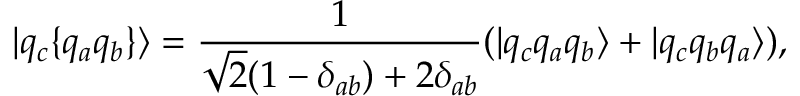
| q _ { c } \{ q _ { a } q _ { b } \} \rangle = \frac { 1 } { \sqrt { 2 } ( 1 - \delta _ { a b } ) + 2 \delta _ { a b } } ( | q _ { c } q _ { a } q _ { b } \rangle + | q _ { c } q _ { b } q _ { a } \rangle ) ,